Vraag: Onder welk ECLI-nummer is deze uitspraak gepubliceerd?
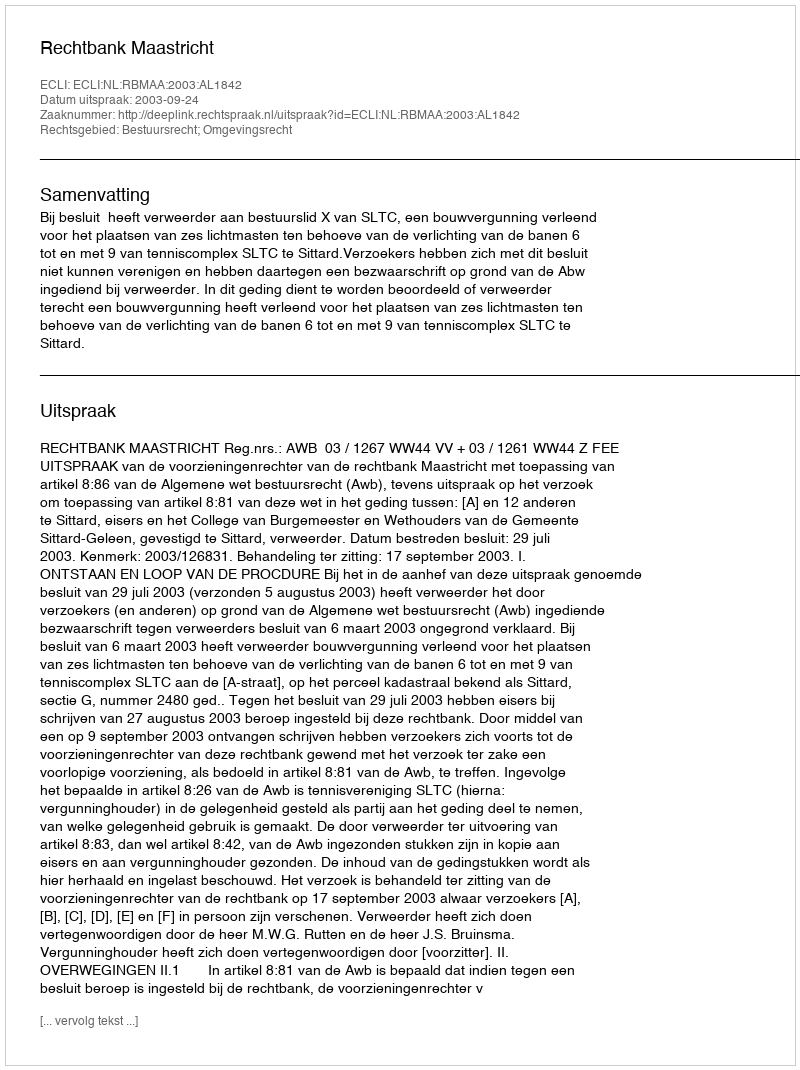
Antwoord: ECLI:NL:RBMAA:2003:AL1842